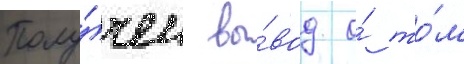
Полу́чен вы́вод о́ то́м